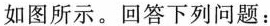
如图所示。回答下列问题：